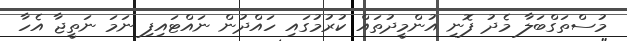
މުސްތަގްބަލާ މެދު ފޮނި އުންމީދުތައް ކުރުމުގައި ހައްދުން ނައްޓައިފި ނަމަ ނަތީޖާ އެހާ